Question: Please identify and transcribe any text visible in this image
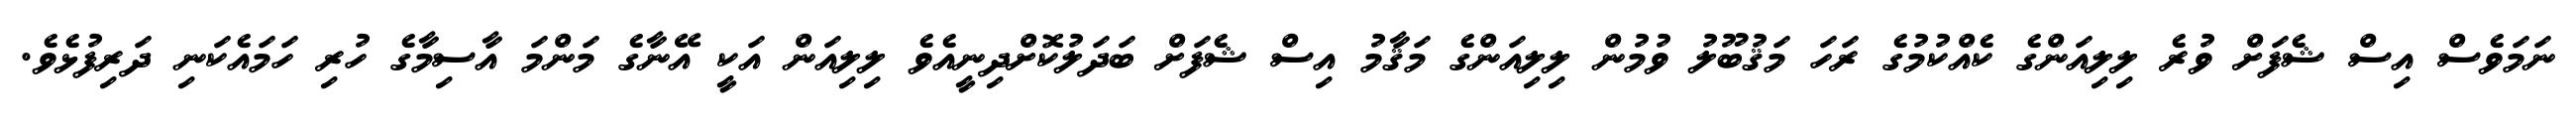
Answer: ނަމަވެސް އިސް ޝެފަށް ވުރެ ލިލިއަންގެ ކެއްކުމުގެ ރަހަ މަޤުބޫލު ވުމުން ލިލިއަންގެ މަޤާމު އިސް ޝެފަށް ބަދަލުކޮށްދިނީއެވެ ލިލިއަން އަކީ އޭނާގެ މަންމަ އާސިމާގެ ހުރި ހަމައެކަނި ދަރިފުޅެވެ.